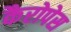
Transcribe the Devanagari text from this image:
कैरोपेस